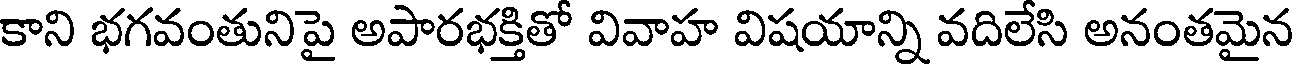
కాని భగవంతునిపై అపారభక్తితో వివాహ విషయాన్ని వదిలేసి అనంతమైన